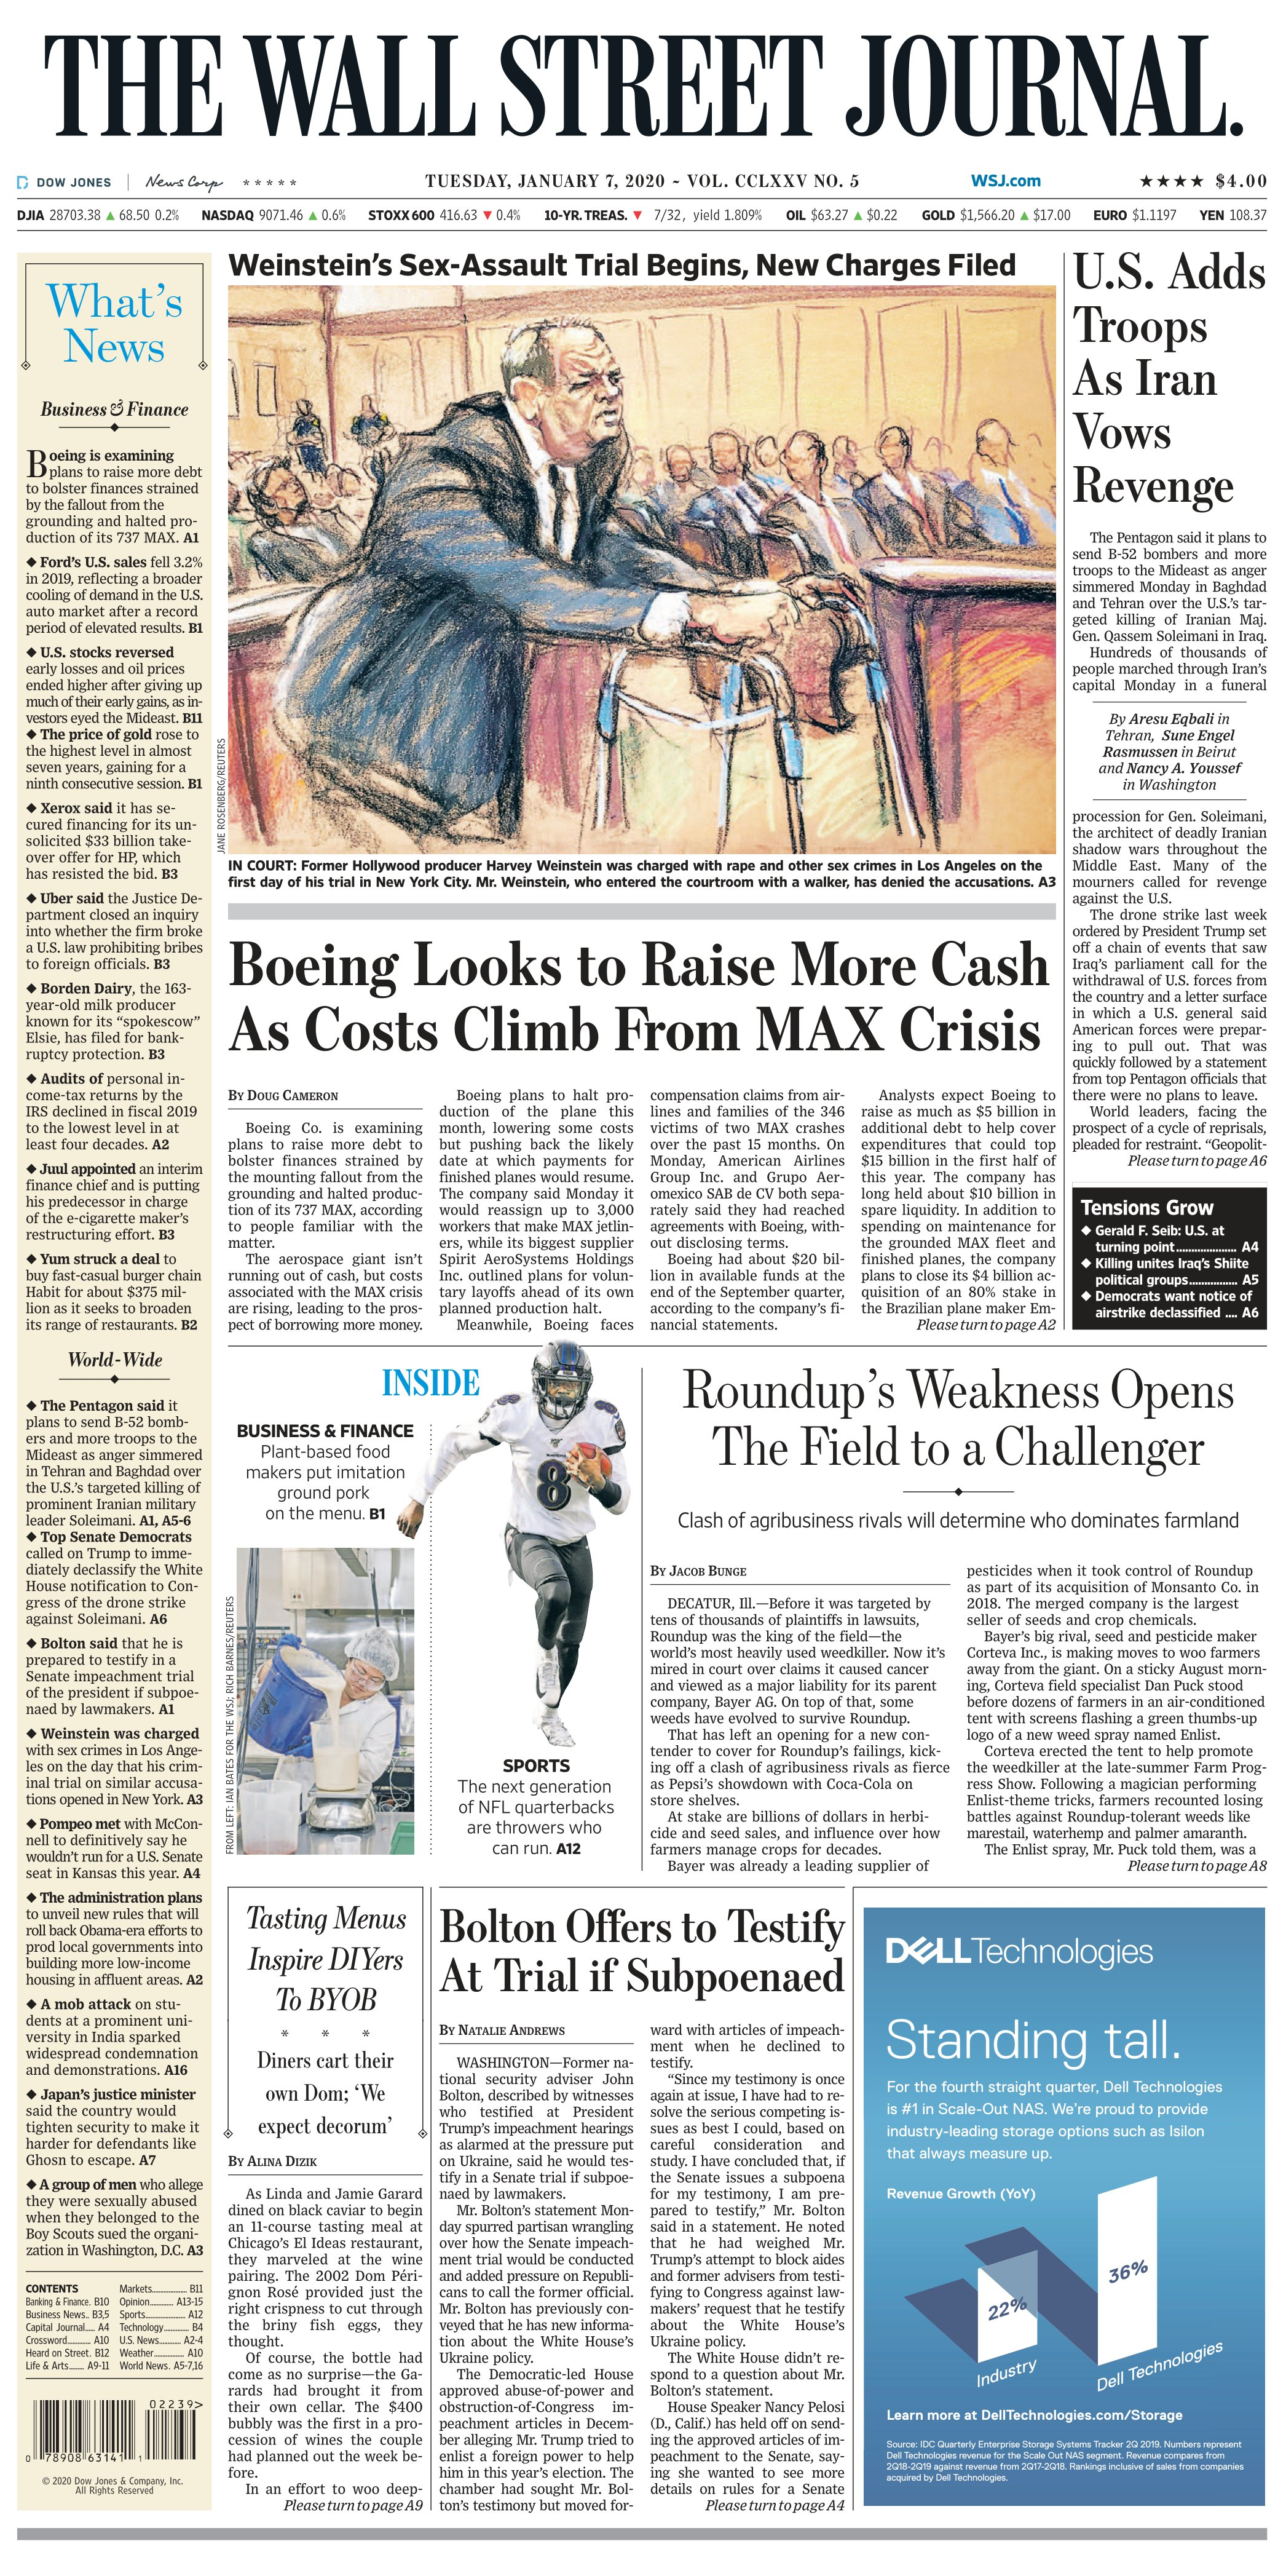
Language: en